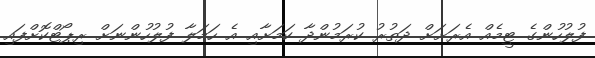
ފުލުހުންގެ ޓީމެއް އެރަށަށް ދަތުރު ކުރަމުންދާ ކަމަށާއި އެ ހަމަލާ ފުލުހުންނަށް ރިޕޯޓްކޮށްފައި